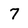
Character: 7